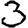
Digit: 3